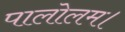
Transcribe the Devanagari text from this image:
पालोलम।